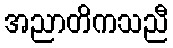
အညာတိကသညီ